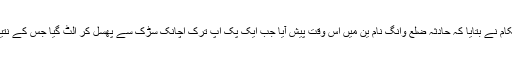
غیر ملکی خبررساں ادارے کے مطابق تھائی حکام نے بتایا کہ حادثہ ضلع وانگ نام ین میں اس وقت پیش آیا جب ایک پک اپ ترک اچانک سڑک سے پھسل کر الٹ گیا جس کے نتیجے میں چھ افراد ہلاک اور تین زخمی ہو گئے ۔